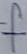
Text: f